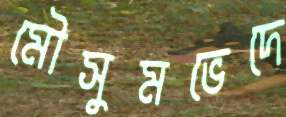
মৌসুমভেদে